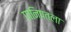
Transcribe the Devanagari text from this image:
पानिपतला